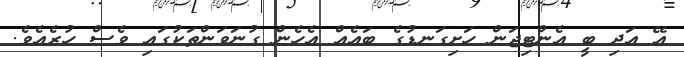
އޭ އަދި ބީ އެންޓިޖަން ހަށިގަނޑުގެ ބައެއް އެހެން ގުނަވަންތަކުގައި ވެސް ހުރެއެވެ.